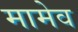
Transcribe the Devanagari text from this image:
मामेव